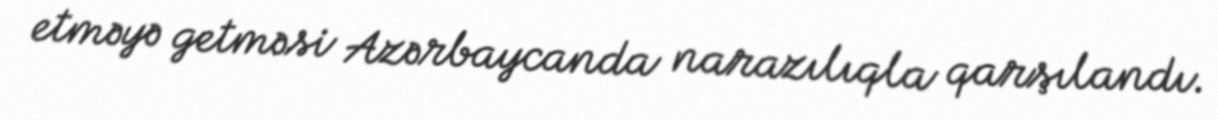
etməyə getməsi Azərbaycanda narazılıqla qarşılandı.